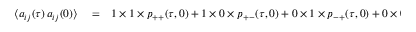
\begin{array} { r l r } { \langle a _ { i j } ( \tau ) \, a _ { i j } ( 0 ) \rangle } & { { } = } & { 1 \times 1 \times p _ { + + } ( \tau , 0 ) + 1 \times 0 \times p _ { + - } ( \tau , 0 ) + 0 \times 1 \times p _ { - + } ( \tau , 0 ) + 0 \times 0 \times p _ { -- } ( \tau , 0 ) } \end{array}